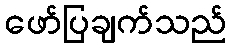
ဖော်ပြချက်သည်